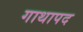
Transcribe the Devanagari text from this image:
गाथापद